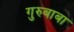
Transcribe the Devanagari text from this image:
गुरुबाबा